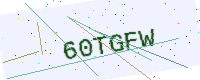
Text: 60TGFW